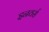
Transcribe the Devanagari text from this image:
इनवर्स